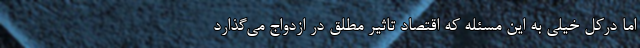
اما درکل خیلی به این مسئله که اقتصاد تاثیر مطلق در ازدواج می‌گذارد